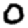
Digit: 0